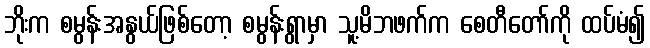
ဘိုးက စမွန်းအနွယ်ဖြစ်တော့ စမွန်းရွာမှာ သူ့မိဘဖက်က စေတီတော်ကို ထပ်မံ၍